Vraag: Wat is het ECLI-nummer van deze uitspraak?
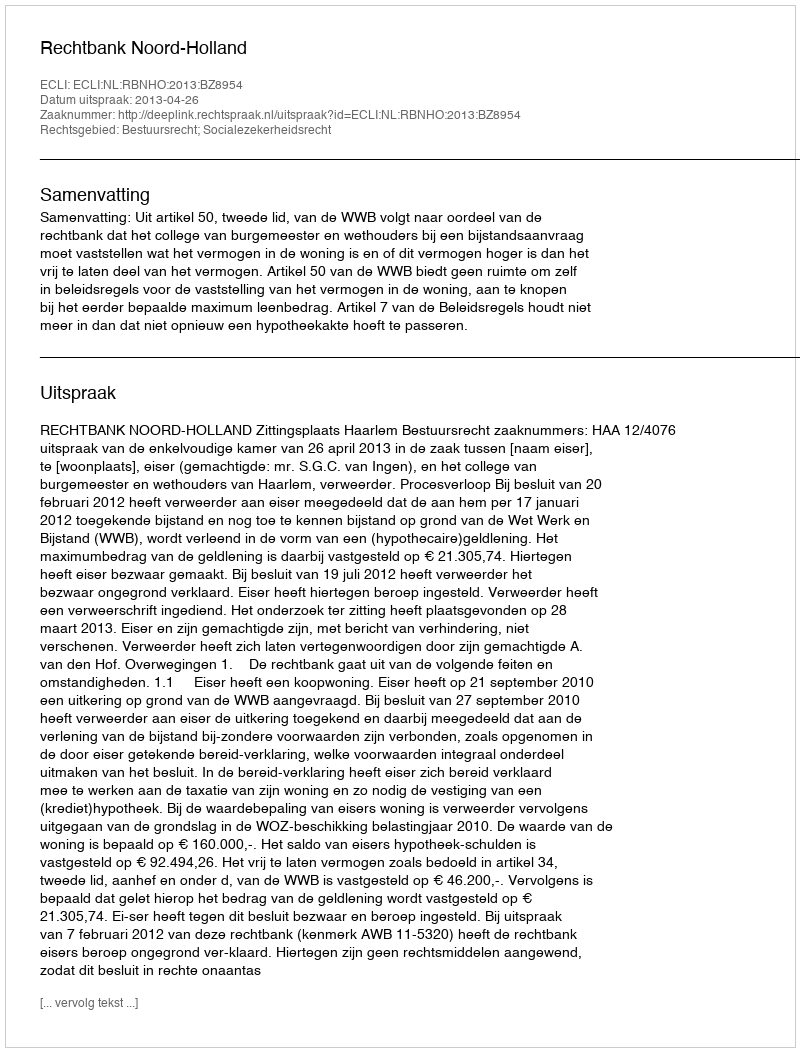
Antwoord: ECLI:NL:RBNHO:2013:BZ8954